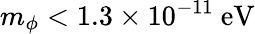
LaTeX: m_{\phi}<1.3\times 10^{-11}~\mathrm{eV}